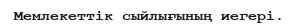
Мемлекеттік сыйлығының иегері.